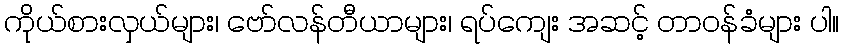
ကိုယ်စားလှယ်များ၊ ဗော်လန်တီယာများ၊ ရပ်ကျေး အဆင့် တာဝန်ခံများ ပါ။